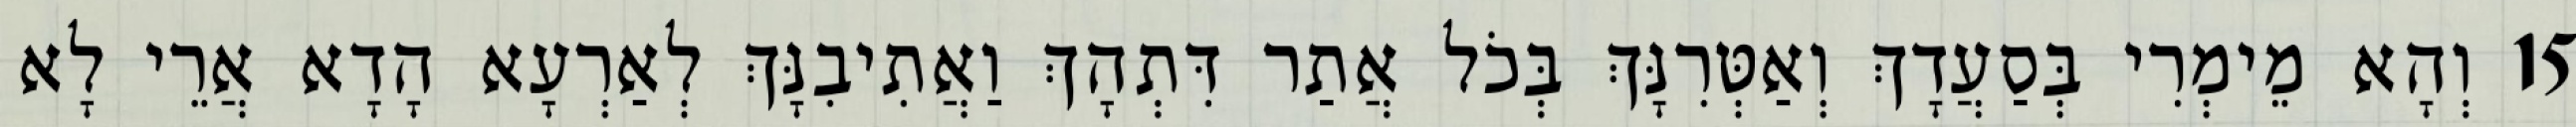
15 וְהָא מֵימְרִי בְּסַעֲדָךְ וְאַטְּרִנָּךְ בְּכֹל אֲתַר דִּתְהָךְ וַאֲתִיבִנָּךְ לְאַרְעָא הָדָא אֲרֵי לָא